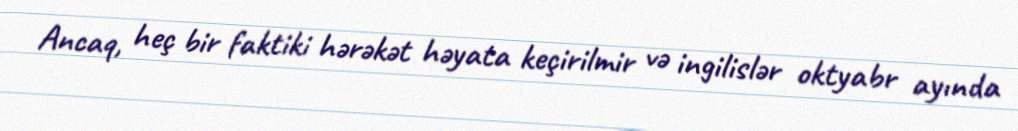
Ancaq, heç bir faktiki hərəkət həyata keçirilmir və ingilislər oktyabr ayında